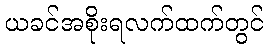
ယခင်အစိုးရလက်ထက်တွင်